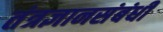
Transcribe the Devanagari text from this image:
तंत्रज्ञानसंबंधी